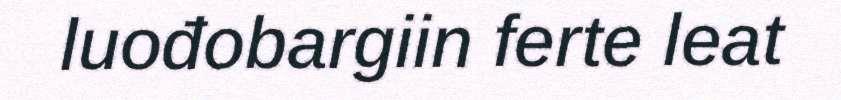
luođobargiin ferte leat